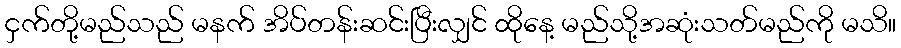
ငှက်တို့မည်သည် မနက် အိပ်တန်းဆင်းပြီးလျှင် ထိုနေ့ မည်သို့အဆုံးသတ်မည်ကို မသိ။